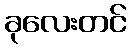
ခုလေးတင်